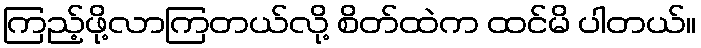
ကြည့်ဖို့လာကြတယ်လို့ စိတ်ထဲက ထင်မိ ပါတယ်။